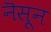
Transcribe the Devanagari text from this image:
नॆसून